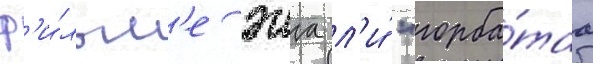
ф'и́льм'е энга л'и́ "горба́таа